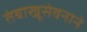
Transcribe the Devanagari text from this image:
तंबाखूसेवनाने